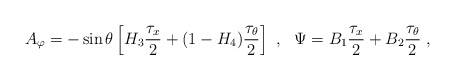
\begin{align*}A_\varphi= -\sin\theta\left[H_3 \frac{\tau_x}{2} +(1-H_4) \frac{\tau_\theta}{2}\right] \ , \ \ \Psi =B_1 \frac{\tau_x}{2} + B_2 \frac{\tau_\theta}{2}\ , \end{align*}